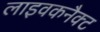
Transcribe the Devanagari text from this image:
लाइवकनैक्ट